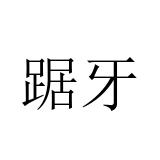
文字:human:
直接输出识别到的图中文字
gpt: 踞牙